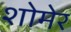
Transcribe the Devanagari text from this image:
शोमेर